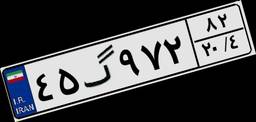
۴۵گ۹۷۲۸۲